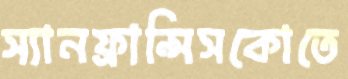
স্যানফ্রান্সিসকোতে